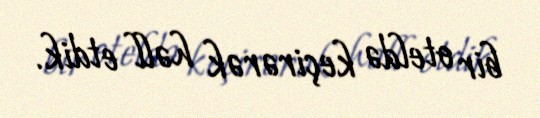
bir oteldə keçirərək həll etdik.